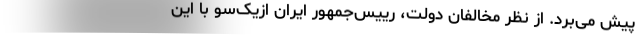
پیش می‌برد. از نظر مخالفان دولت، رییس‌جمهور ایران از‌یک‌سو با این